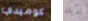
كوميدي لديك